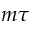
m \tau